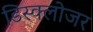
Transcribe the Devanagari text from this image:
डिस्क्लोजर